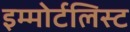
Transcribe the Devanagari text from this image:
इम्मोर्टलिस्ट